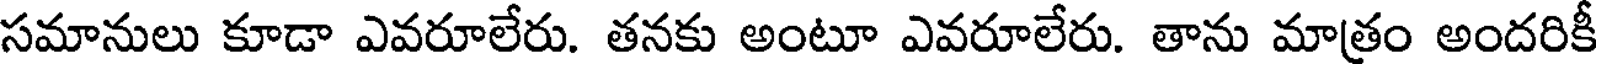
సమానులు కూడా ఎవరూలేరు. తనకు అంటూ ఎవరూలేరు. తాను మాత్రం అందరికీ